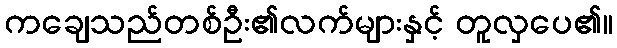
ကချေသည်တစ်ဦး၏လက်များနှင့် တူလှပေ၏။